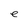
Character: e